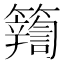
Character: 𮆽